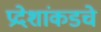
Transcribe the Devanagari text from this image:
प्रदेशांकडचे